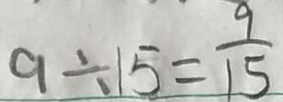
9 \div 1 5 = \frac { 9 } { 1 5 }